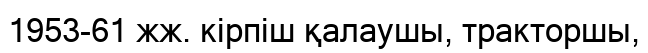
1953-61 жж. кірпіш қалаушы, тракторшы,